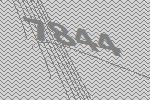
7844